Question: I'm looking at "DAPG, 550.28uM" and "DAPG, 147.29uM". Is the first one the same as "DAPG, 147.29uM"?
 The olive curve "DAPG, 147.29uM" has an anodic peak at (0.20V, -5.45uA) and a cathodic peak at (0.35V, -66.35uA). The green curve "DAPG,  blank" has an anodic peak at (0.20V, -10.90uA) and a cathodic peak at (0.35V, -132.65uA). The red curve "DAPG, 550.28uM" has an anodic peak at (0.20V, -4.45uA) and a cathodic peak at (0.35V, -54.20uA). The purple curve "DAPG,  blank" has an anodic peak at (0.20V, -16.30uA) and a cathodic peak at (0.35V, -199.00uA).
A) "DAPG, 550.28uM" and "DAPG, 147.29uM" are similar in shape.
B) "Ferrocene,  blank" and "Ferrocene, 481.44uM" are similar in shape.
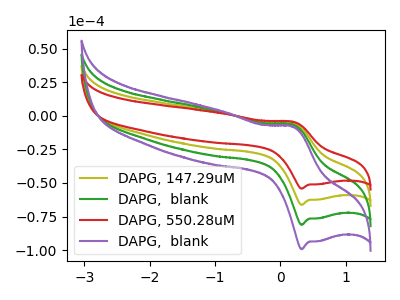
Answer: <think>All the peaks in "DAPG, 550.28uM" have a peak in "DAPG, 147.29uM" at the same potential.
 </think>
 <answer>A) "DAPG, 550.28uM" and "DAPG, 147.29uM" are similar in shape.</answer>
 <eval>A</eval>